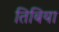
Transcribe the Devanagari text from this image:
तिबिया